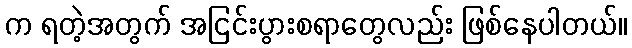
က ရတဲ့အတွက် အငြင်းပွားစရာတွေလည်း ဖြစ်နေပါတယ်။